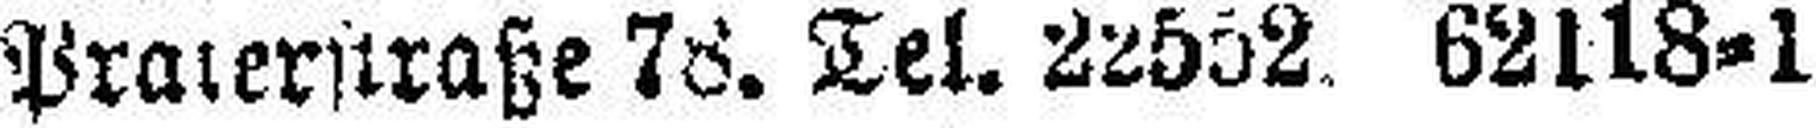
Praterstraße 78. Tel. 22552. 62118-1